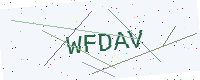
Text: WFDAV